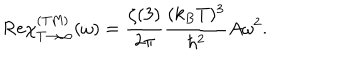
LaTeX: \mathrm { R e } \chi _ { T \rightarrow \infty } ^ { \mathrm { ( T M ) } } ( \omega ) = { \frac { \zeta ( 3 ) } { 2 \pi } } { \frac { ( k _ { B } T ) ^ { 3 } } { \hbar ^ { 2 } } } A \omega ^ { 2 } .